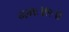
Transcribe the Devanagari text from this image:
नमः॥१॥